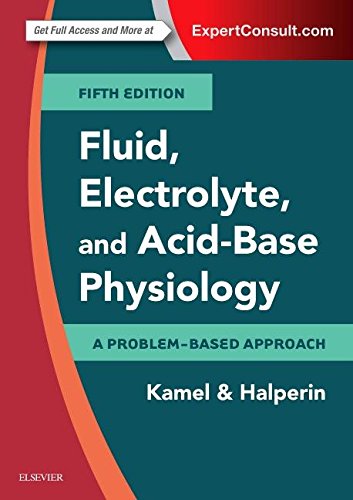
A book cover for Fluid, Electrolyte and Acid-Base Physiology: A Problem-Based Approach, 5e; Kamel S. Kamel MBBCh  FRCP; Medical Books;